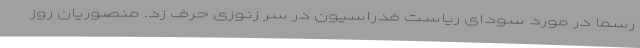
رسما در مورد سودای ریاست فدراسیون در سر زنوزی حرف زد. منصوریان روز